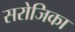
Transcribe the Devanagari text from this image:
सरोजिका